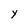
Character: Y